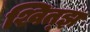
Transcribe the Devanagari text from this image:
श्वित्झ